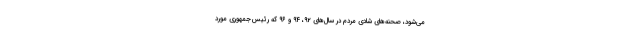
می‌شود، صحنه‌های شادی مردم در سال‌های ۹۲، ۹۴ و ۹۶ که رئیس‌جمهوری مورد